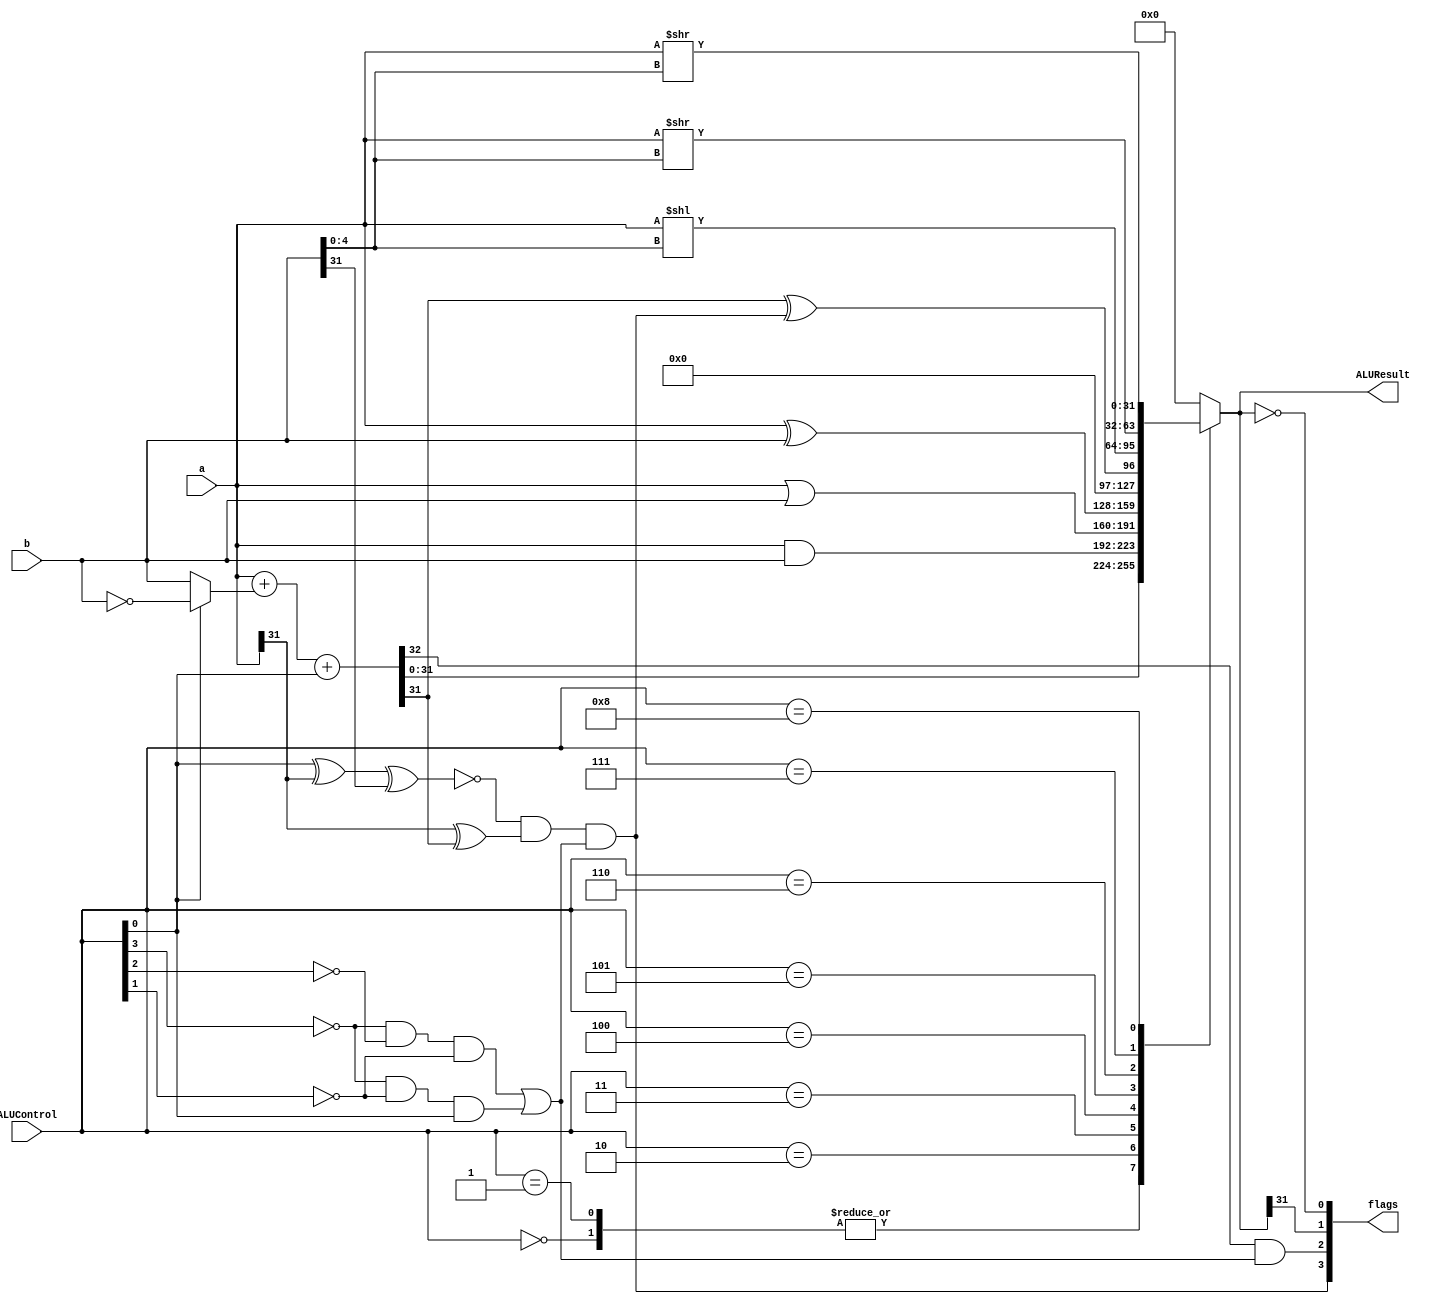
`timescale 1ns / 1ps
//////////////////////////////////////////////////////////////////////////////////
// Company: 
// Engineer: 
// 
// Design Name: 
// Module Name: alu
// Project Name: 
// Target Devices: 
// Tool Versions: 
// Description: 
// 
// Dependencies: 
// 
// Revision:
// Revision 0.01 - File Created
// Additional Comments:
// 
//////////////////////////////////////////////////////////////////////////////////


module alu(
    input       [3:0]       ALUControl,
    input       [31:0]      a,
    input       [31:0]      b,
    output      [3:0]       flags,
    output  reg [31:0]      ALUResult
    );
    // wire define
  wire [31:0] condinvb, sum; 
  wire        cout;           // carry out of adder 
  wire v,c,n,z;
  wire isAddSub;                // true if is an add or Sub operation
  
  assign flags={v,c,n,z}; 
  assign condinvb = ALUControl[0] ? ~b : b; 
  assign {cout, sum} = a + condinvb + ALUControl[0]; 
  assign isAddSub = (~ALUControl[3] & ~ALUControl[2]& ~ALUControl[1])|
  (~ALUControl[3] & ~ALUControl[1]& ALUControl[0]); // add sub slt
   
  always@(*)begin 
    case (ALUControl) 
      4'b0000:   ALUResult <= sum;                    // add 
      4'b0001:   ALUResult <= sum;                    // subtract 
      4'b0010:   ALUResult <= a & b;                 // and 
      4'b0011:   ALUResult <= a | b;                 // or 
      4'b0100:   ALUResult <= a ^ b;                 // xor
      4'b0101:   ALUResult <= sum[31]^v;             // slt 
      4'b0110:   ALUResult <= a<<b[4:0];             //sll
      4'b0111:   ALUResult <= a>>b[4:0];             //srl
      4'b1000:   ALUResult <= $signed(a)>>b[4:0];    //sra    
      default:  ALUResult = 32'd0; 
    endcase
  end
  //      // added for blt and other branches 
  assign z = (ALUResult == 32'b0); 
  assign n = ALUResult[31]; 
  assign c = cout & isAddSub; 
  assign v = ~(ALUControl[0] ^ a[31] ^ b[31]) & (a[31] ^ sum[31]) & isAddSub;  
endmodule